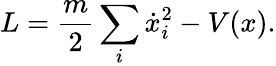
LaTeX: L={\frac{m}{2}}\sum_{i}{\dot{x}}_{i}^{2}-V(x).